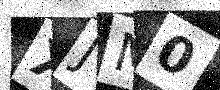
Text: XJM0